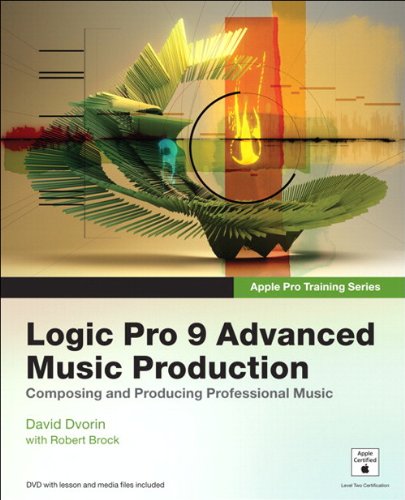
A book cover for Apple Pro Training Series: Logic Pro 9 Advanced Music Production; David Dvorin; Computers & Technology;